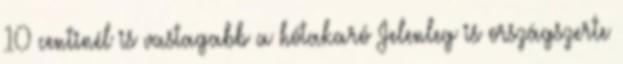
10 centinél is vastagabb a hótakaró Jelenleg is országszerte